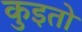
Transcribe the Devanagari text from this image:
कुइतो